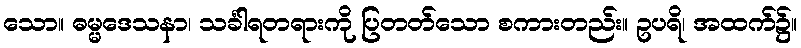
သော။ ဓမ္မဒေသနာ၊ သင်္ခါရတရားကို ပြတတ်သော စကားတည်း။ ဥပရိ၊ အထက်၌။